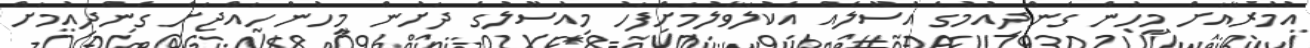
އުމުރާއަށް މީހުން ގެންދިއުމުގެ އުސޫލެއް އެކުލަވާލުމަށްފަހު މިއުސޫލުގެ ދަށުން މީހުން ހައްޖަށް ގެންދިއުމަށް